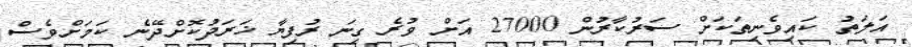
އަލަތު ކައިވެނިތަކަށް ސަރުކާރުން 27000 އަށް ވުރެ ގިނަ ރުފިޔާ ޚަރަދުކޮށްދޭނެ ކަމަށްވެސް